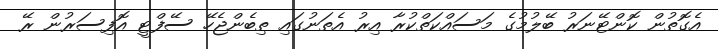
އެގޮތުން ކޮންޓޭނަރު ބޭލުމުގެ މަސައްކަތްކުރާ އިރު އެތަނުގައި ތިބެންޖެހޭ ސޭފްޓީ އޮފިސަރުން ރޭ